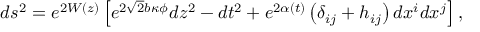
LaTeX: d s ^ { 2 } = e ^ { 2 W ( z ) } \left[ e ^ { 2 \sqrt { 2 } b \kappa \phi } d z ^ { 2 } - d t ^ { 2 } + e ^ { 2 \alpha ( t ) } \left( \delta _ { i j } + h _ { i j } \right) d x ^ { i } d x ^ { j } \right] ,